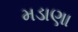
મડાણા